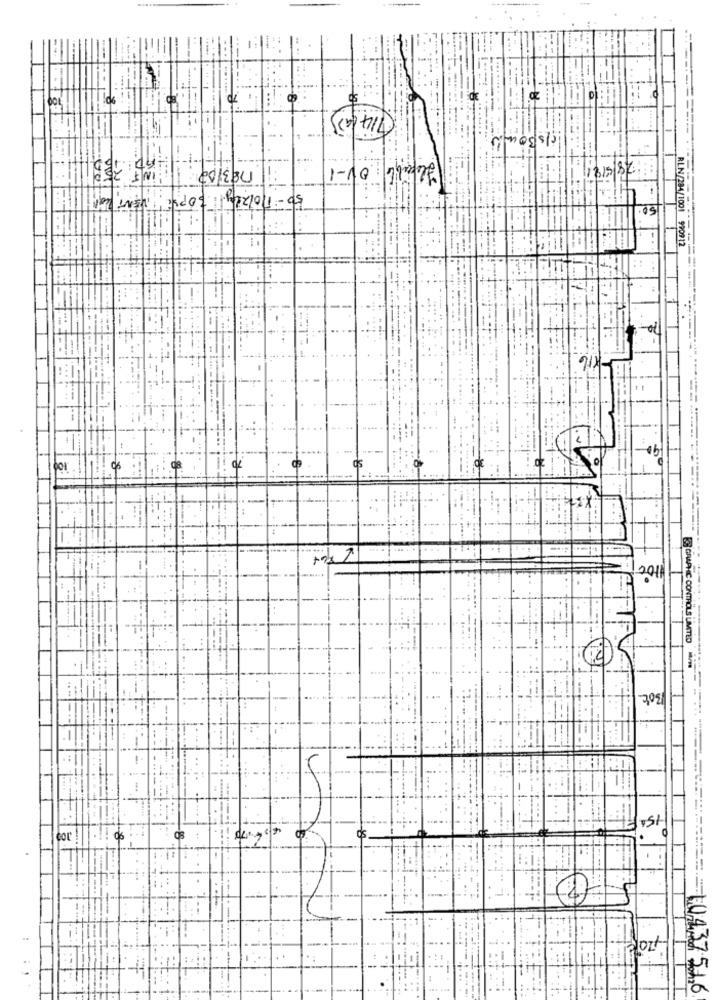
flexible : OV-1
8%
ININ CO/EBU
11815
with 201 192101 -09
RLN/284/1001
99091
., !
201
.
ES GRAPHIC CONTROLS LIMITED
1St
===== = 10437 516